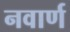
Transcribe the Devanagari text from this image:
नवार्ण